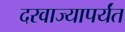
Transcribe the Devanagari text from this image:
दरवाज्यापर्यंत